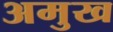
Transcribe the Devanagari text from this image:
अमुख